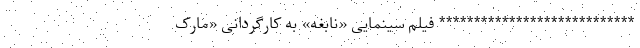
**************************** فیلم سینمایی «نابغه» به کارگردانی «مارک